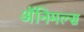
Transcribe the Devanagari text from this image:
अॅनिमल्स